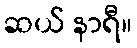
ဆယ် နာရီ။